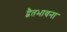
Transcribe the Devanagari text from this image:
द्वैतभावना